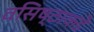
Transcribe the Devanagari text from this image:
वसिष्ठाकडे